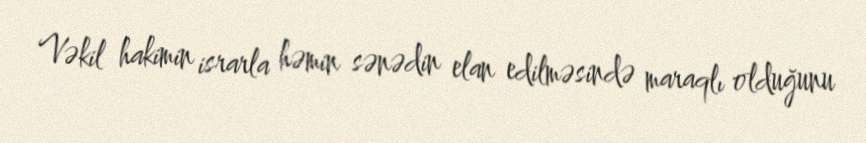
Vəkil hakimin israrla həmin sənədin elan edilməsində maraqlı olduğunu